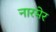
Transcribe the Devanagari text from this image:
नारमेर